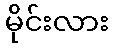
မိုင်းလား